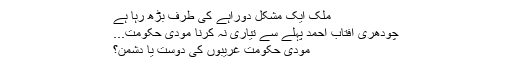
ملک ایک مشکل دوراہے کی طرف بڑھ رہا ہے
چودھری آفتاب احمد پہلے سے تیاری نہ کرنا مودی حکومت...
مودی حکومت غریبوں کی دوست یا دشمن؟